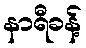
နာရီခန့်